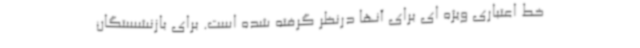
خط اعتباری ویژه ای برای آنها درنظر گرفته شده است. برای بازنشستگان